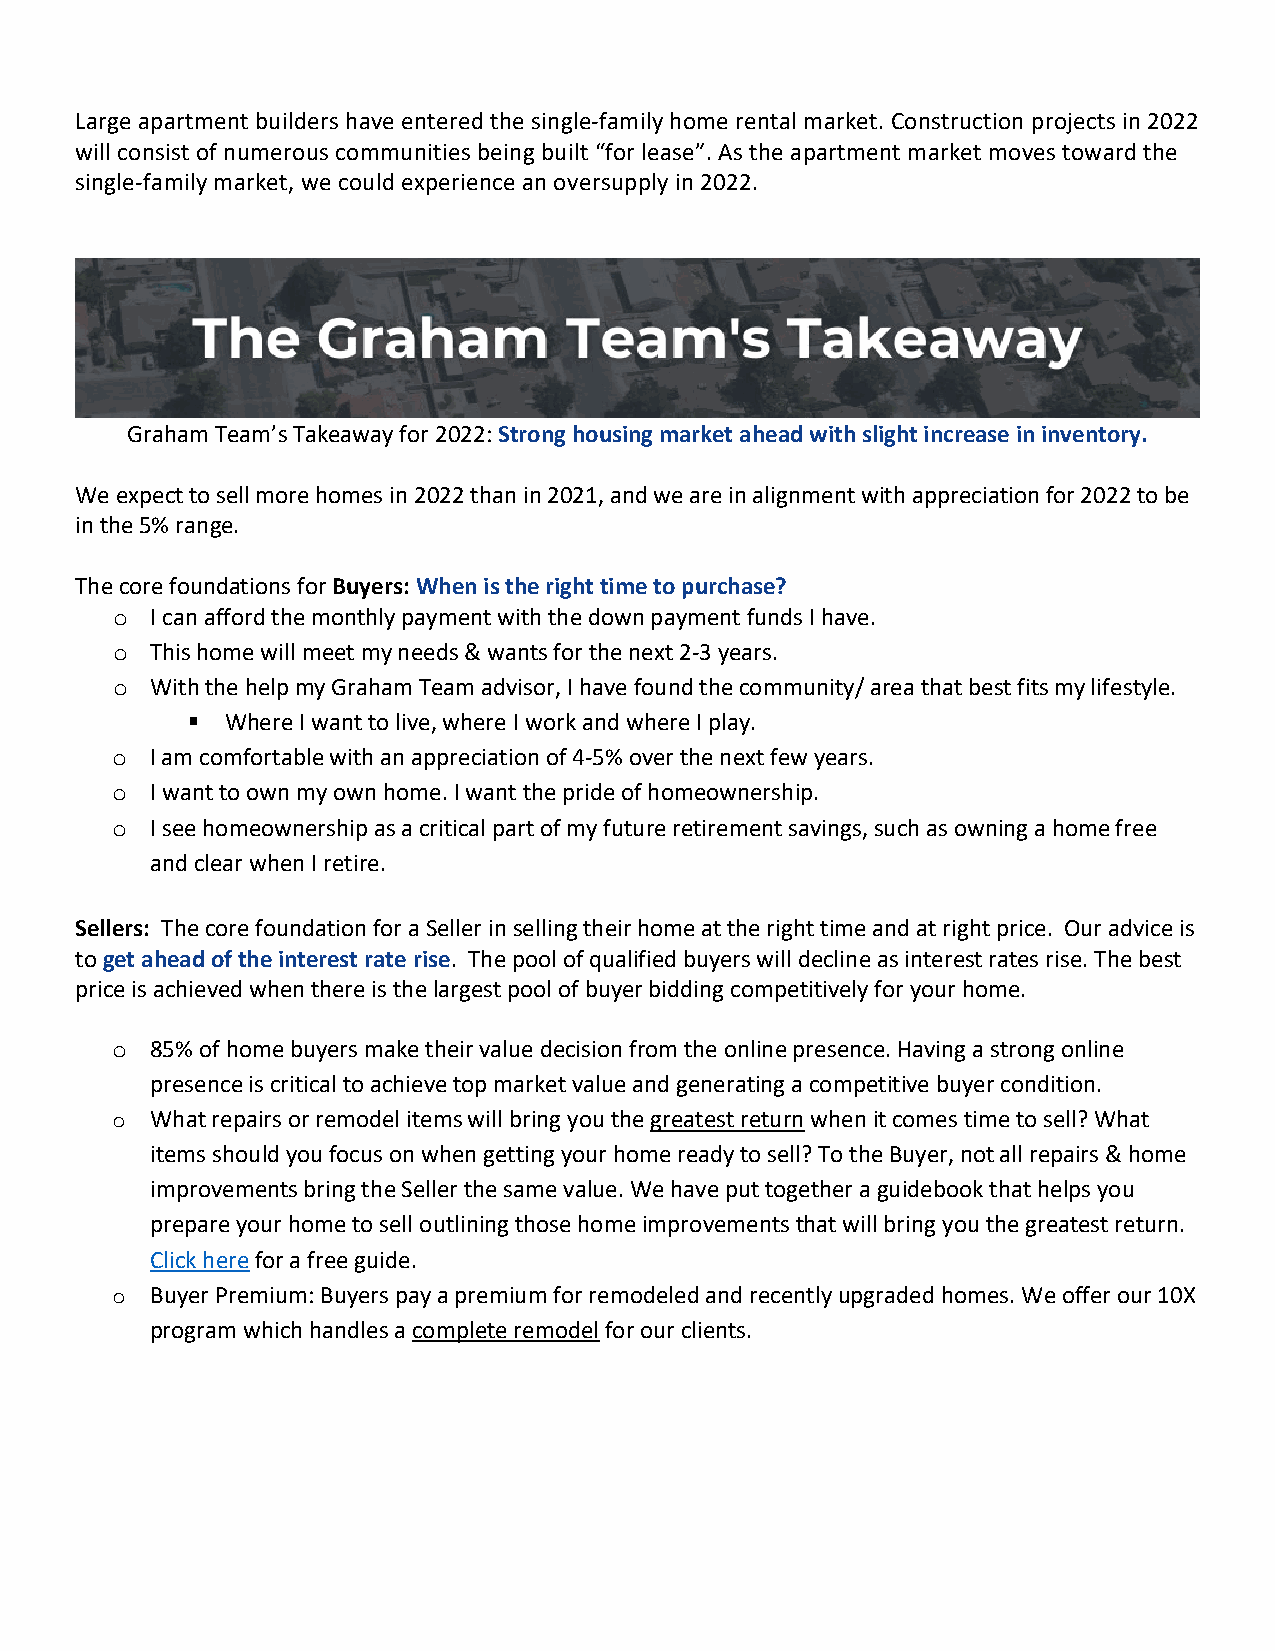
Large apartment builders have entered the single-family home rental market. Construction projects in 2022
 will consist of numerous communities being built “for lease”. As the apartment market moves toward the
 single-family market, we could experience an oversupply in 2022.
 Graham Team’s Takeaway for 2022: Strong housing market ahead with slight increase in inventory.
 We expect to sell more homes in 2022 than in 2021, and we are in alignment with appreciation for 2022 to be
 in the 5% range.
 The core foundations for Buyers: When is the right time to purchase?
 I can afford the monthly payment with the down payment funds I have.
 o
 This home will meet my needs & wants for the next 2-3 years.
 o
 With the help my Graham Team advisor, I have found the community/ area that best fits my lifestyle.
 o
   Where I want to live, where I work and where I play.
 I am comfortable with an appreciation of 4-5% over the next few years.
 o
 I want to own my own home. I want the pride of homeownership.
 o
 I see homeownership as a critical part of my future retirement savings, such as owning a home free
 o
 and clear when I retire.
 Sellers: The core foundation for a Seller in selling their home at the right time and at right price. Our advice is
 to get ahead of the interest rate rise. The pool of qualified buyers will decline as interest rates rise. The best
 price is achieved when there is the largest pool of buyer bidding competitively for your home.
 85% of home buyers make their value decision from the online presence. Having a strong online
 o
 presence is critical to achieve top market value and generating a competitive buyer condition.
 What repairs or remodel items will bring you the greatest return when it comes time to sell? What
 o
 items should you focus on when getting your home ready to sell? To the Buyer, not all repairs & home
 improvements bring the Seller the same value. We have put together a guidebook that helps you
 prepare your home to sell outlining those home improvements that will bring you the greatest return.
 Click here for a free guide.
 Buyer Premium: Buyers pay a premium for remodeled and recently upgraded homes. We offer our 10X
 o
 program which handles a complete remodel for our clients.